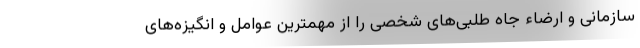
سازمانی و ارضاء جاه طلبی‌های شخصی را از مهمترین عوامل و انگیزه‌های